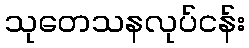
သုတေသနလုပ်ငန်း